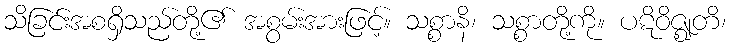
သိခြင်းအစရှိသည်တို့၏ အစွမ်းအားဖြင့်။ သစ္စာနိ၊ သစ္စာတို့ကို။ ပဋိဝိဇ္ဈတိ၊